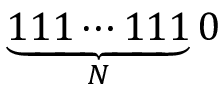
\underbrace { 1 1 1 \cdots 1 1 1 } _ { N } 0